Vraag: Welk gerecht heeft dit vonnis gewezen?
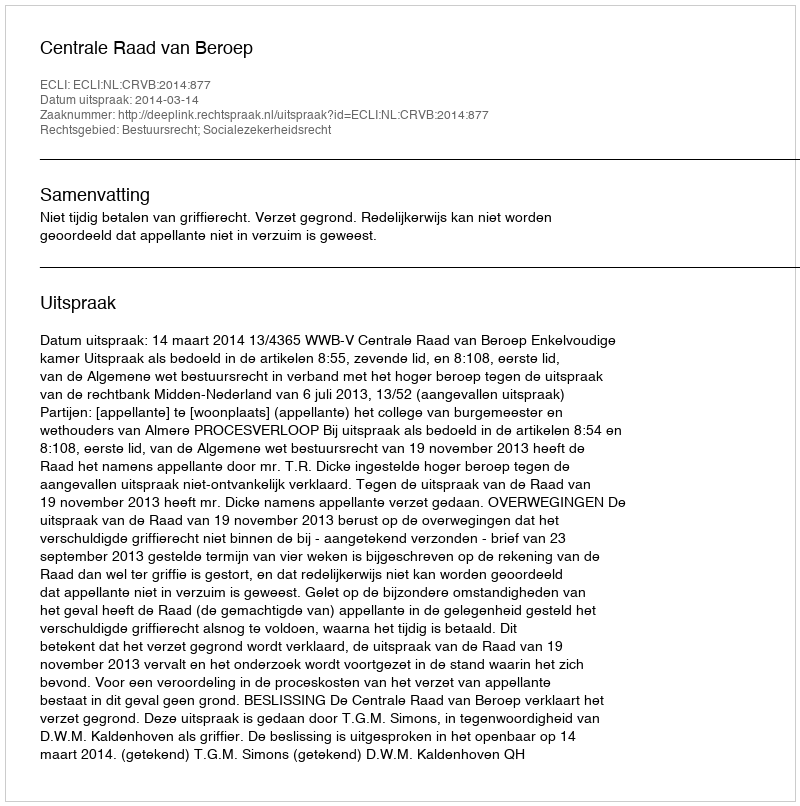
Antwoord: Centrale Raad van Beroep